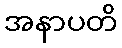
အနာပတိ